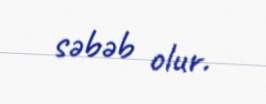
səbəb olur.